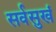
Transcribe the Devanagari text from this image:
सर्वसुखं